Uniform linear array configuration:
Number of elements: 12
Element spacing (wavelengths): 1
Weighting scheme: hamming
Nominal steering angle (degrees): -60
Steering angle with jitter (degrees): -60.961
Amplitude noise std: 0.05
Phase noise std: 0.05

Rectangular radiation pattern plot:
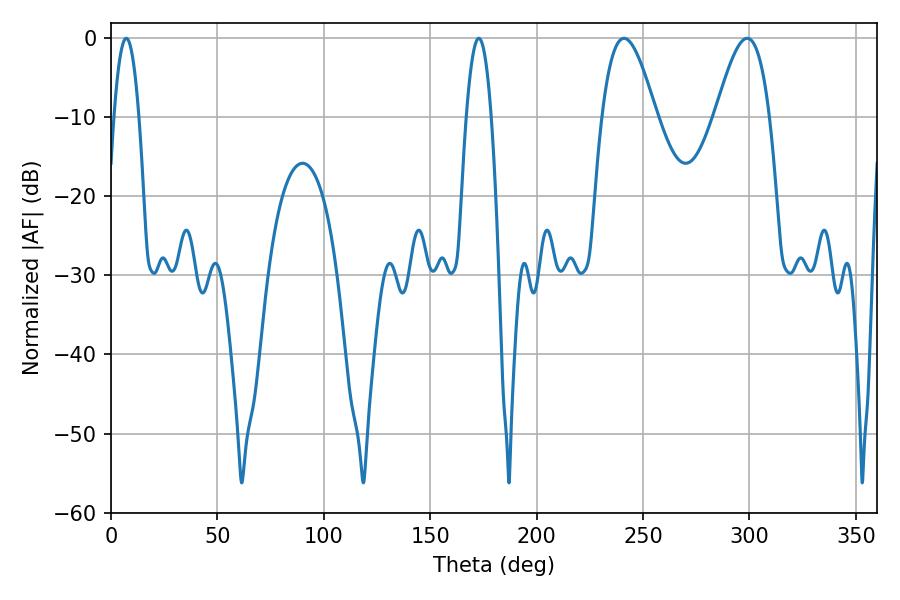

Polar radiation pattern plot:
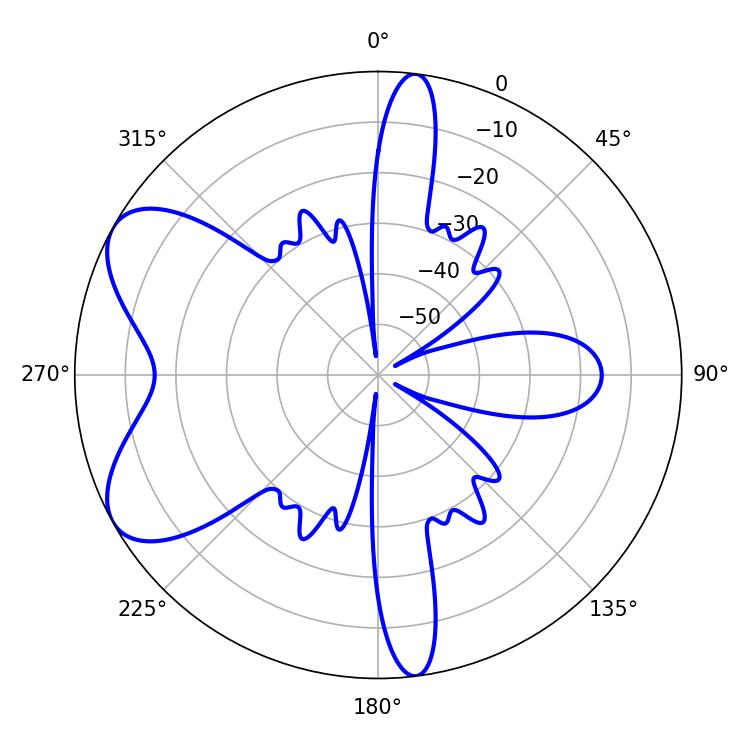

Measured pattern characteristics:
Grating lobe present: TRUE
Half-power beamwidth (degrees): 13.86
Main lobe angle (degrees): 241.02